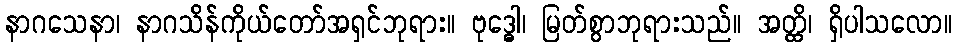
နာဂသေနာ၊ နာဂသိန်ကိုယ်တော်အရှင်ဘုရား။ ဗုဒ္ဓေါ၊ မြတ်စွာဘုရားသည်။ အတ္ထိ၊ ရှိပါသလော။